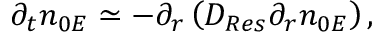
\begin{array} { r } { \partial _ { t } n _ { 0 E } \simeq - \partial _ { r } \left( D _ { R e s } \partial _ { r } n _ { 0 E } \right) , } \end{array}